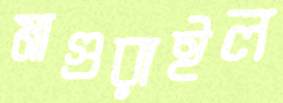
মাগুরাইল